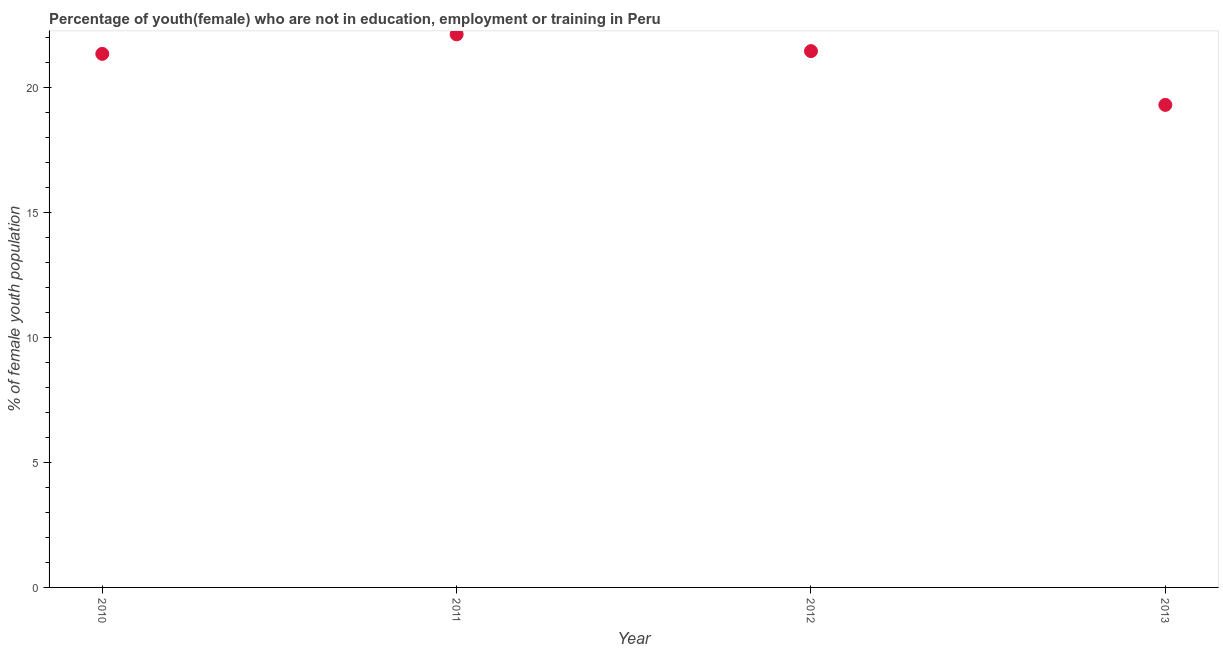
| Year | Unemployed(female) |
 | --- | --- |
 | 2010 | 21.3 |
 | 2011 | 22.1 |
 | 2012 | 21.4 |
 | 2013 | 19.3 |